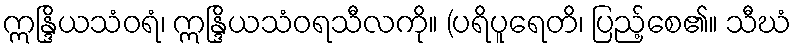
ဣန္ဒြိယသံဝရံ၊ ဣန္ဒြိယသံဝရသီလကို။ (ပရိပူရေတိ၊ ပြည့်စေ၏။ သီဃံ